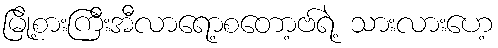
မြို့စားကြီးအီလာရော့စတော့ဗ်ရဲ့ သားလားဟေ့